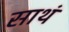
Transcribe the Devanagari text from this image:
साथं